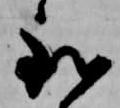
到